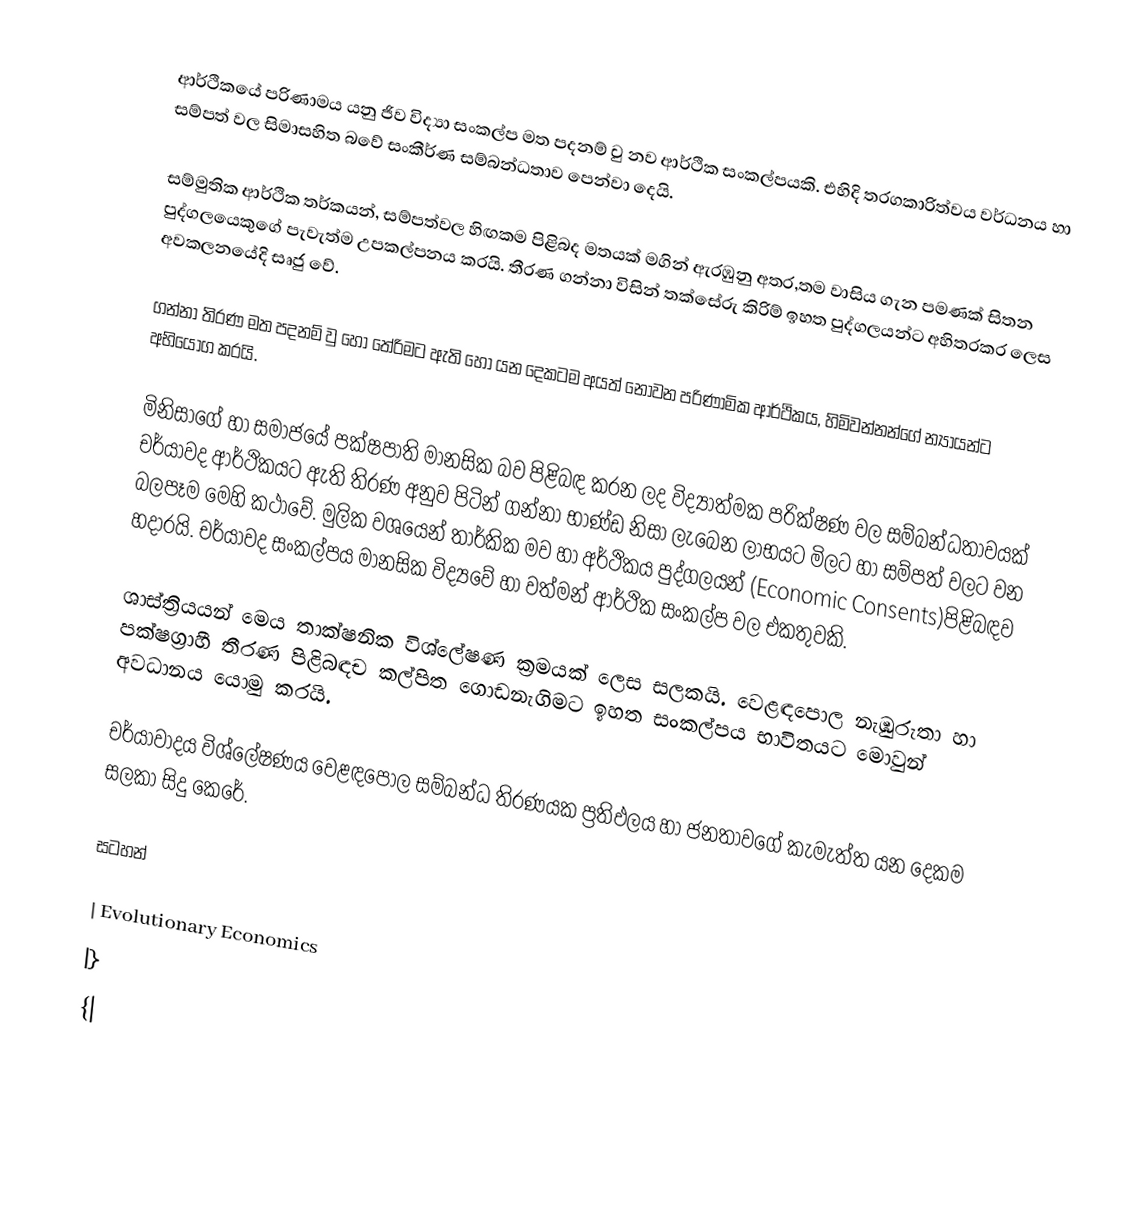
ආර්ථිකයේ පරිණාමය යනු ජිව විද්‍යා සංකල්ප මත පදනම් වු නව ආර්ථික සංකල්පයකි. එහිදි තරගකාරිත්වය වර්ධනය හා සම්පත් වල සිමාසහිත බවේ සංකීර්ණ සම්බන්ධතාව පෙන්වා දෙයි.

සම්මුතික ආර්ථික තර්කයන්, සම්පත්වල හිඟකම පිළිබද මතයක් මගින් ඇරඹුනු අතර,තම වාසිය ගැන පමණක් සිතන පුද්ගලයෙකුගේ පැවැත්ම උපකල්පනය කරයි. තීරණ ගන්නා විසින් තක්සේරු කිරිම් ඉහත පුද්ගලයන්ට අහිතරකර ලෙස අවකලනයේදි සෘජු වේ.

ගන්නා තිරණ මත පදනම් වු හෝ තේරිමට ඇති හෝ යන දෙකටම අයත් නොවන පරිණාමික ආර්ථිකය, හිමිවන්නන්ගේ න්‍යායන්ට අභියෝග කරයි.

මිනිසාගේ හා සමාජයේ පක්ෂපාති මානසික බව පිළිබඳ කරන ලද විද්‍යාත්මක පරික්ෂණ වල සම්බන්ධතාවයක් චර්යාවද ආර්ථිකයට ඇති තිරණ අනුව පිටින් ගන්නා භාණ්ඩ නිසා ලැබෙන ලාභයට මිලට හා සම්පත් වලට වන බලපෑම මෙහි කථාවේ.  මුලික වශයෙන් තාර්කික මව හා අර්ථිකය පුද්ගලයන් (Economic Consents)පිළිබඳව හදාරයි. චර්යාවද සංකල්පය මානසික විද්‍යවේ හා වත්මන් ආර්ථික සංකල්ප වල එකතුවකි.

ශාස්ත්‍රියයන් මෙය තාක්ෂනික විශ්ලේෂණ ක්‍රමයක් ලෙස සලකයි. වෙළඳපොල නැඹුරුතා හා පක්ෂග්‍රාහී තීරණ පිළිබඳච කල්පිත ගොඩනැගිමට ඉහත සංකල්පය භාවිතයට මොවුන් අවධානය යොමු කරයි.

චර්යාවාදය විශ්ලේෂණය වෙළඳපොල සම්බන්ධ තිරණයක ප්‍රතිඵලය හා ජනතාවගේ කැමැත්ත යන දෙකම සලකා සිදු කෙරේ.

සටහන්

| Evolutionary Economics
|}
{|